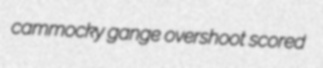
cammocky gange overshoot scored